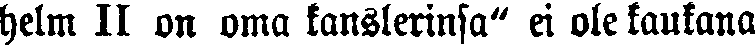
helm II on oma kanslerinsa" ei ole kaukana